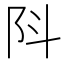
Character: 阧